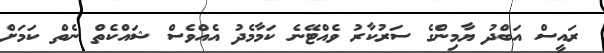
ރައީސް އަބްދު ޔާމިންގެ ސަރުކާރު ވެއްޓޭނެ ކަމާމެދު އެއްވެސް ޝައްކެތް ނެތް ކަމަށް